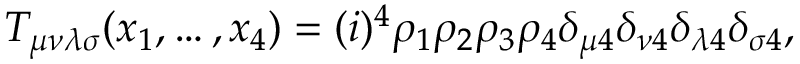
T _ { \mu \nu \lambda \sigma } ( x _ { 1 } , \ldots , x _ { 4 } ) = ( i ) ^ { 4 } \rho _ { 1 } \rho _ { 2 } \rho _ { 3 } \rho _ { 4 } \delta _ { \mu 4 } \delta _ { \nu 4 } \delta _ { \lambda 4 } \delta _ { \sigma 4 } ,